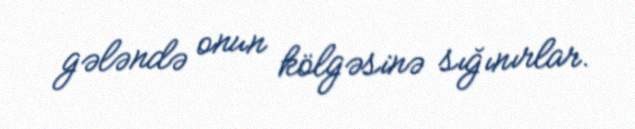
gələndə onun kölgəsinə sığınırlar.